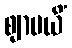
ဈာပယိံ